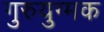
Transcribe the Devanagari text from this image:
गुरुयुग्मक